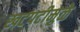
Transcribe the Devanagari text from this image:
खटपटीमुळे